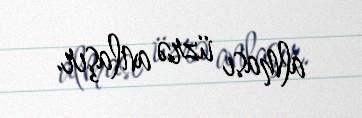
alması üzrə anlaşır.